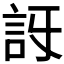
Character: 𧥯